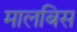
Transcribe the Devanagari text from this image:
मालबिस